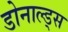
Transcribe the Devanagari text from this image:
डोनाल्ड्स